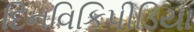
દિનવિકિપીડિયા